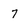
Character: 7